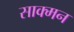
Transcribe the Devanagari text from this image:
साक्मन